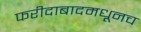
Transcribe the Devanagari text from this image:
फरीदाबादमधूनच